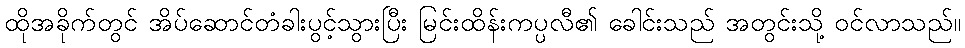
ထိုအခိုက်တွင် အိပ်ဆောင်တံခါးပွင့်သွားပြီး မြင်းထိန်းကပ္ပလီ၏ ခေါင်းသည် အတွင်းသို့ ဝင်လာသည်။